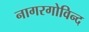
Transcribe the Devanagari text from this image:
नागरगोविन्द